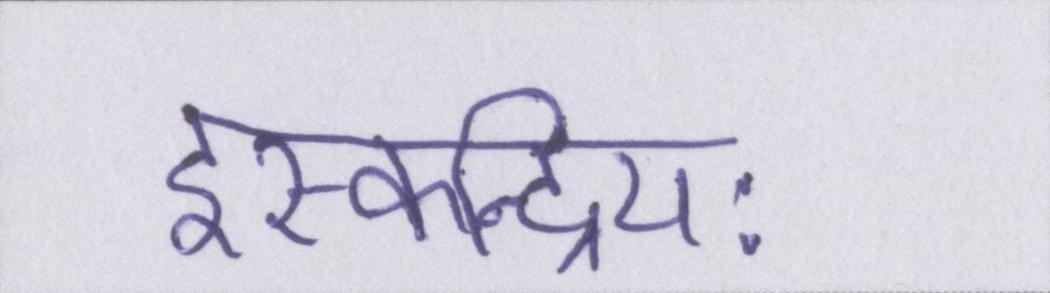
इस्कन्द्रियः